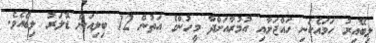
ލިބޭއިރު ހަމައެކަނި ހައްޖަށާއި އުމުރާއަށްދާ މީހުންގެ އަތުން 12 ބިލިއަން ޑޮލަރު ލިބެއެވެ.